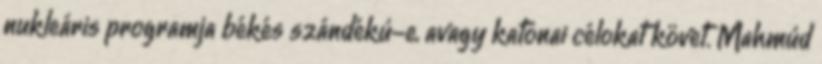
nukleáris programja békés szándékú-e, avagy katonai célokat követ. Mahmúd